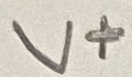
Text: V+